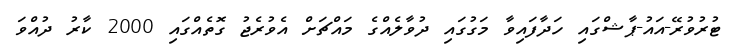
ޓުރުވުރޭ-އައު-ޕާޝްގައި ހަދާފައިވާ މަގުގައި ދުވާލެއްގެ މައްޗަށް އެވުރެޖު ގޮތެއްގައި 2000 ކާރު ދުއްވަ